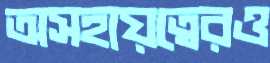
অসহায়ত্বেরও